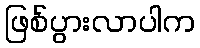
ဖြစ်ပွားလာပါက